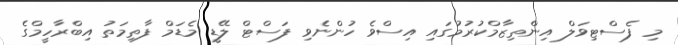
މި ފެސްޓިވަލް އިންތިޒާމްކުރުމުގައި އިސްވެ ހުންނެވި ފަސްޓް ލޭޑީ މެޑަމް ފާތިމަތު އިބްރާހީމްގެ